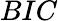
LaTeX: BIC